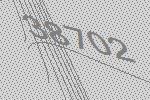
38702